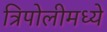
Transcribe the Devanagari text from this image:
त्रिपोलीमध्ये